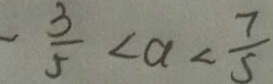
- \frac { 3 } { 5 } < a < \frac { 7 } { 5 }